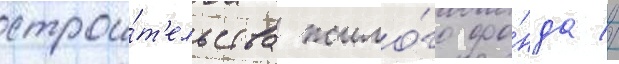
строи́т'ельства жило́го фо́нда //